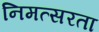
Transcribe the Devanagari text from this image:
निमत्सरता